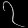
Digit: ၇